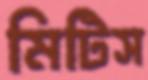
মিটিস